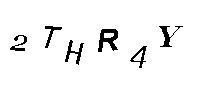
2THR4Y